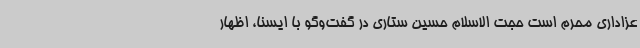
عزاداری محرم است حجت الاسلام حسین ستاری در گفت‌وگو با ایسنا، اظهار